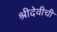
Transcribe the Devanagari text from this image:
श्रीदेवीची